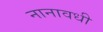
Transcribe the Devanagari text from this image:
नानावधी